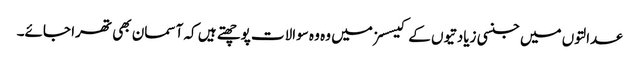
عدالتوں میں جنسی زیادتیوں کے کیسسز میں وہ وہ سوالات پوچھتے ہیں کہ آسمان بھی تھرا جائے۔